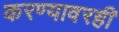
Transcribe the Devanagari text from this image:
करण्यावरही